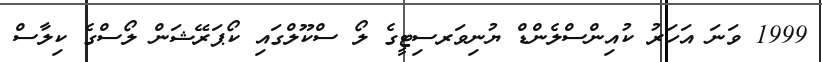
1999 ވަނަ އަހަރު ކުއިންސްލެންޑް ޔުނިވަރސިޓީގެ ލޯ ސްކޫލްގައި ކޯޕަރޭޝަން ލޯސްގެ ކިލާސް